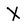
Character: X